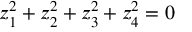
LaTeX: z _ { 1 } ^ { 2 } + z _ { 2 } ^ { 2 } + z _ { 3 } ^ { 2 } + z _ { 4 } ^ { 2 } = 0